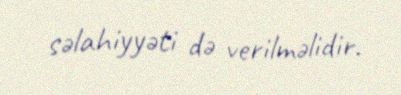
səlahiyyəti də verilməlidir.